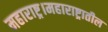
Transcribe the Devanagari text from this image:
महाराष्ट्र।महाराष्ट्रातील